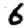
Digit: 6